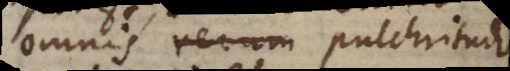
omnis rerum pulchritudo